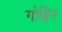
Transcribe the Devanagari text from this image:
गोड्विन